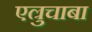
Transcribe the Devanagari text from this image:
एल्रुचाबा